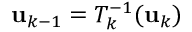
{ \bf u } _ { k - 1 } = T _ { k } ^ { - 1 } ( { \bf u } _ { k } )